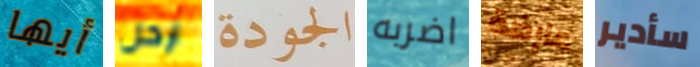
أيها ارحل الجودة اضربه عارضة سأدير